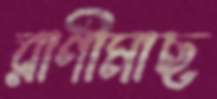
রাণীমাছ